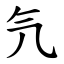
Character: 氕